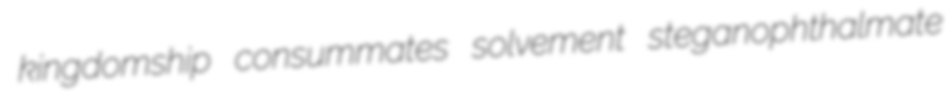
kingdomship consummates solvement steganophthalmate